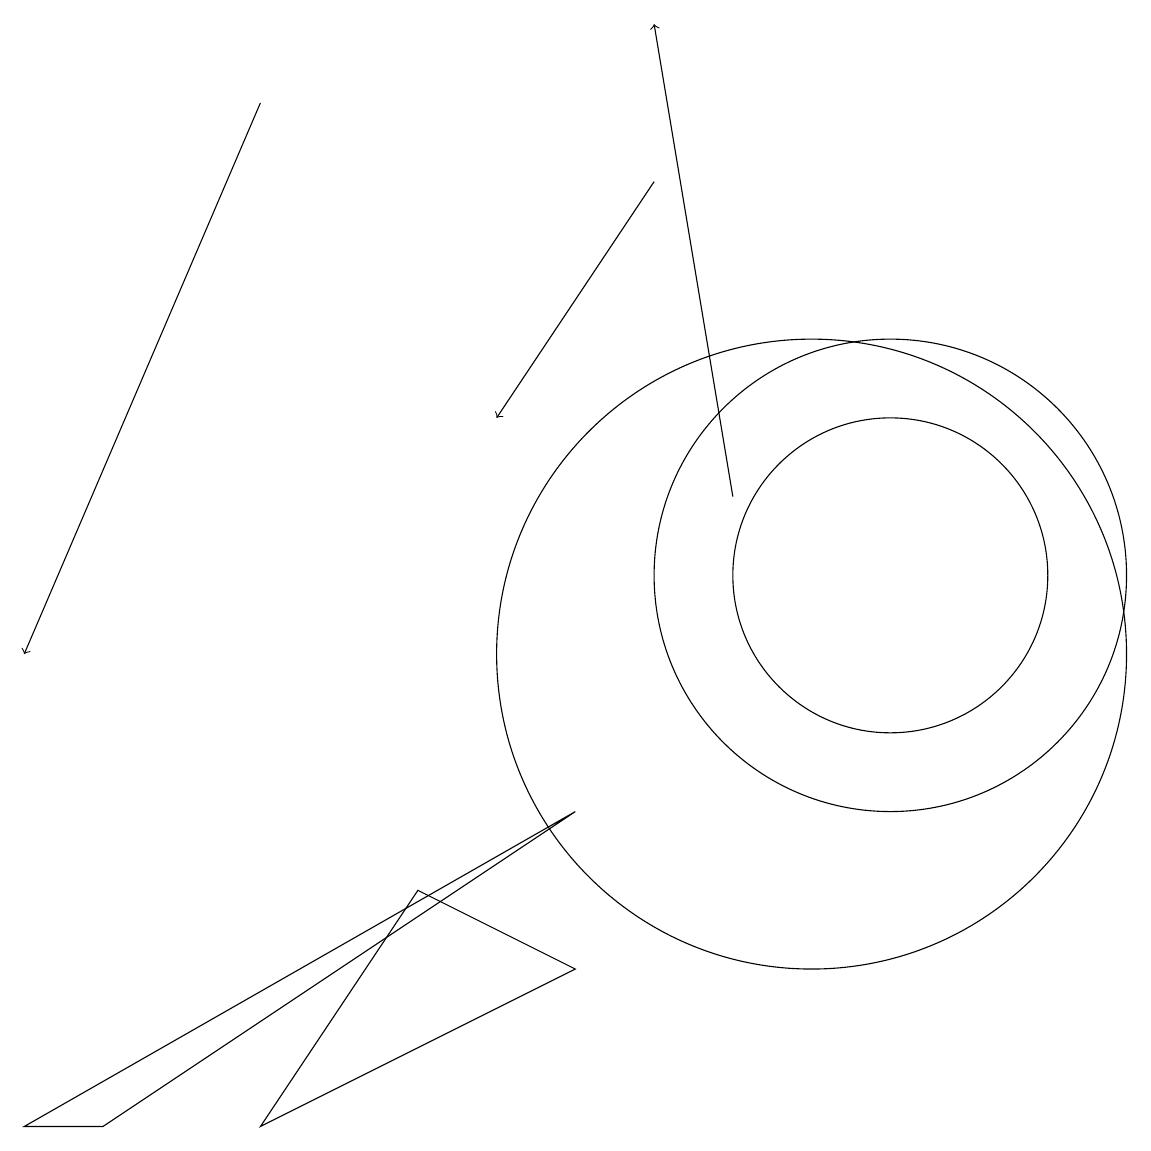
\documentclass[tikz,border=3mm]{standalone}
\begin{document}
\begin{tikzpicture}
\draw (0,4) -- (1,4) -- (7,8) -- cycle;
\draw (11,11) circle (3);
\draw[->] (9,12) -- (8,18);
\draw (11,11) circle (2);
\draw (10,10) circle (4);
\draw (7,6) -- (5,7) -- (3,4) -- cycle;
\draw[->] (3,17) -- (0,10);
\draw[->] (8,16) -- (6,13);
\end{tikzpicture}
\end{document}